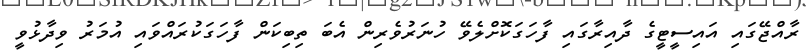
ރާއްޖޭގައި އައިސީޓީގެ ދާއިރާގައި ފާހަގަކޮށްލެވޭ ހުނަރުވެރިން އެބަ ތިބިކަން ފާހަގަކުރައްވައި އުމަރު ވިދާޅުވީ